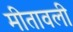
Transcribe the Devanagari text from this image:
मीतावली